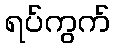
ရပ်ကွက်